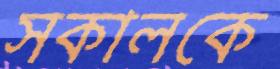
সকালকে